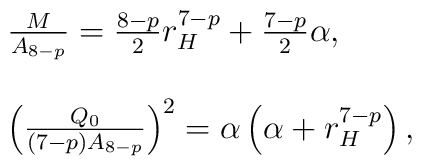
\begin{array}{l}\frac{M}{A_{8-p}}=\frac{8-p}{2}r_{H}^{7-p}+\frac{7-p}{2}\alpha,\\\\\left(\frac{Q_{0}}{(7-p)A_{8-p}}\right)^{2}=\alpha \left(\alpha+r_{H}^{7-p}\right),\end{array}